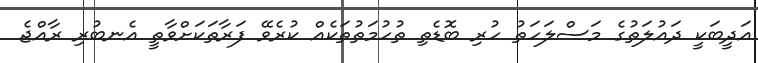
އަދީބަކީ ދައުލަތުގެ މަސްލަހަތު ހުރި ބޮޑެތި ތުހުމަތުތަކެއް ކުރެވޭ ފަރާތަަކަށްވާތީ އެނބުރި ރާއްޖެ